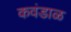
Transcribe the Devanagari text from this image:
कवंडाळ